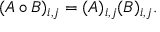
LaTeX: ( A \circ B ) _ { i , j } = ( A ) _ { i , j } ( B ) _ { i , j } .